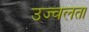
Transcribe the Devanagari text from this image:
उज्वलता